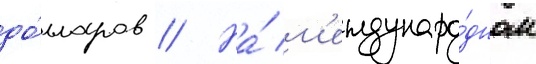
до́лларов // На́ м'еждунаро́дном